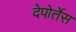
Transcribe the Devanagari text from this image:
देपोर्तेस